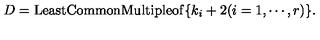
D = \mathrm { L e a s t C o m m o n M u l t i p l e o f } \{ k _ { i } + 2 ( i = 1 , \cdots , r ) \} .